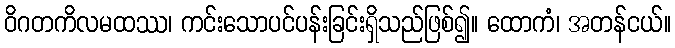
ဝိဂတကိလမထဿ၊ ကင်းသောပင်ပန်းခြင်းရှိသည်ဖြစ်၍။ ထောကံ၊ အတန်ငယ်။